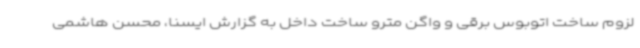
لزوم ساخت اتوبوس برقی و واگن مترو ساخت داخل به گزارش ایسنا، محسن هاشمی